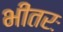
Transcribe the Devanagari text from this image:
भीतरः